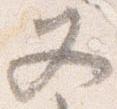
又